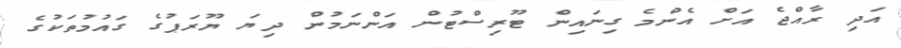
އަދި ރާއްޖެ އަށް އެންމެ ގިނައިން ޓޫރިސްޓުން އަންނަމުން ދިޔަ ޔޫރަޕުގެ ގައުމުތަކުގެ